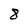
Character: 8